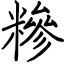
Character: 糝